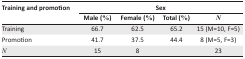
| <ROWSPAN=2> Training and promotion | <COLSPAN=4> Sex |
 | Male (%) | Female (%) | Total (%) | N |
 | --- | --- | --- | --- | --- |
 | Training | 66.7 | 62.5 | 65.2 | 15 (M=10, F=5) |
 | Promotion | 41.7 | 37.5 | 44.4 | 8 (M=5, F=3) |
 | N | 15 | 8 |  | 23 |